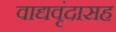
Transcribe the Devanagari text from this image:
वाद्यवृंदासह